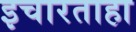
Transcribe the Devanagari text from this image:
इचारताहा